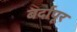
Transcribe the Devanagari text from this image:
बर्दापूर